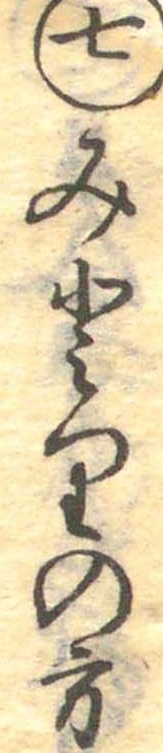
七みとりの方